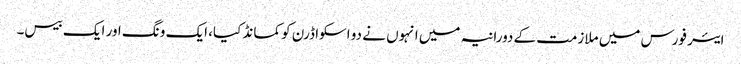
ایئر فورس میں ملازمت کے دورانیہ میں انہوں نے دو اسکواڈرن کو کمانڈ کیا، ایک ونگ اور ایک بیس۔